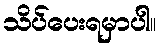
သိပ်ပေးရမှာပါ။